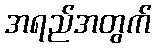
အရည်အတွက်